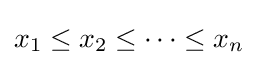
x_{1}\leq x_{2}\leq \cdots \leq x_{n}